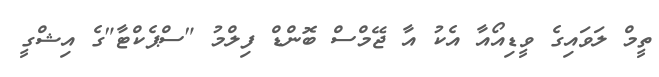
ތީމް ލަވައިގެ ވީޑިއޯއާ އެކު އާ ޖޭމްސް ބޮންޑް ފިލްމު "ސްޕެކްޓާ"ގެ އިޝްގީ